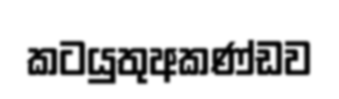
කටයුතුඅකණ්ඩව